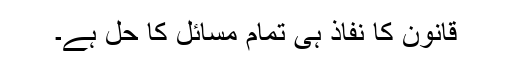
قانون کا نفاذ ہی تمام مسائل کا حل ہے۔